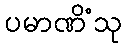
ပမာဏိံသု